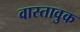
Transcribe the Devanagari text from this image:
वास्तावुक